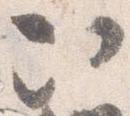
次